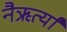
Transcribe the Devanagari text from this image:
नैऋर्त्यां